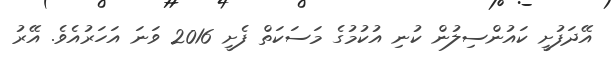
އޭދަފުށީ ކައުންސިލުން ކުނި އުކުމުގެ މަސަކަތް ފެށީ 2016 ވަނަ އަހަރުއެވެ. އޭރު